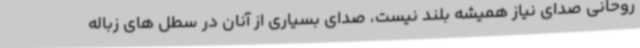
روحانی صدای نیاز همیشه بلند نیست، صدای بسیاری از آنان در سطل های زباله